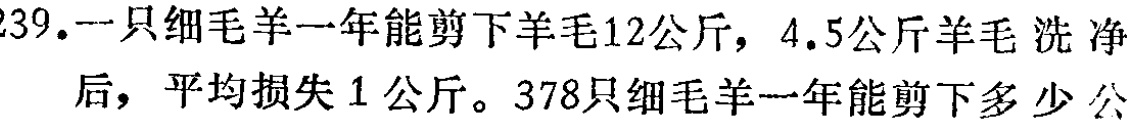
239.一只细毛羊一年能剪下羊毛12公斤，4.5公斤羊毛洗净后，平均损失1公斤。378只细毛羊一年能剪下多少公